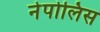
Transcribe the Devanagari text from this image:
नेपोलिस